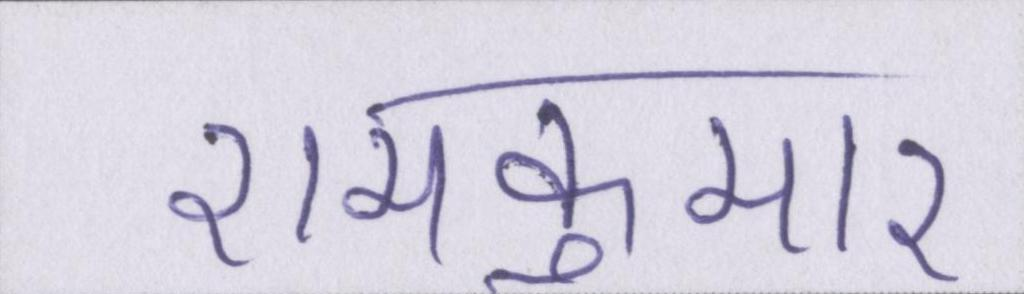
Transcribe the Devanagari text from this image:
रामकुमार